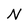
Character: N